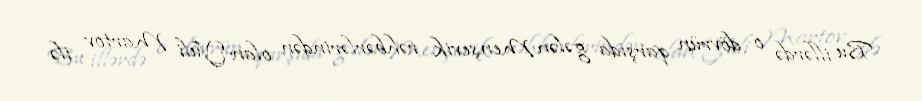
Bu illərdə o dövrün qarşıda gələn Menşevik rəhbərlərindən olan Yuli Martov ilə